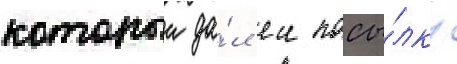
которыи да́л еи посы́лку